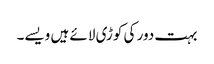
بہت دور کی کوڑی لائے ہیں ویسے۔